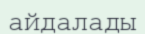
айдалады